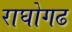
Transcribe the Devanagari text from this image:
राघोगढ